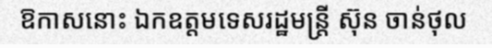
ឱកាសនោះ ឯកឧត្តមទេសរដ្ឋមន្ត្រី ស៊ុន ចាន់ថុល